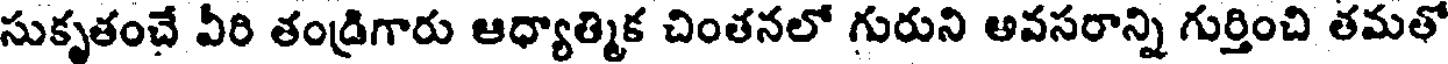
సుకృతంచే వీరి తండ్రిగారు ఆధ్యాత్మిక చింతనలో గురుని అవసరాన్ని గుర్తించి తమతో